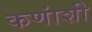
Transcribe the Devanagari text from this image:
कणांशी